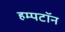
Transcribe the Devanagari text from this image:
हम्पटॉन